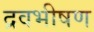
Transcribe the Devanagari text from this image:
द्रवभीषण